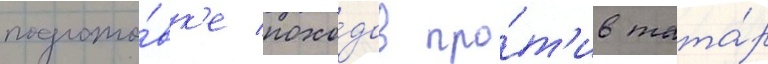
подгото́вк'е похо́дов про́т'ив тата́р